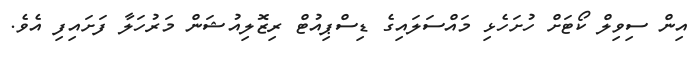
އިން ސިވިލް ކޯޓަށް ހުށަހެޅި މައްސަލައިގެ ޑިސްޕިއުޓް ރިޒޮލިއުޝަން މަރުހަލާ ފަށައިފި އެވެ.